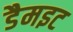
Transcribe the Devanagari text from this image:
डैमइट